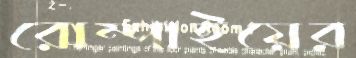
রোম্পাইয়ের